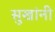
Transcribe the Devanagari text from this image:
सुखांनी